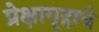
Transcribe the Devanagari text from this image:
प्रेक्षागृहाचे